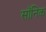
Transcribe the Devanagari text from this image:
सॉनिक